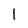
Character: l